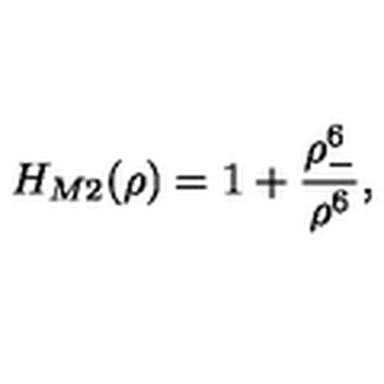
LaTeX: H _ { M 2 } ( \rho ) = 1 + \frac { \rho _ { - } ^ { 6 } } { \rho ^ { 6 } } ,